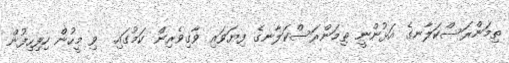
ތިމަންރަސްކަލާނގެ އަޅުންނީ ތިމަންރަސްކަލާނގެ ފިޔަވައި ވާގިވެރިން ކަމުގައި  ވި މީހުން ހިފިހިފުން